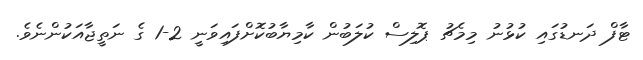
ޓާފް ދަނޑުގައި ކުޅުނު މިމެޗު ޕޮލިސް ކުލަބުން ކާމިޔާބުކޮށްފައިވަނީ 2-1 ގެ ނަތީޖާއަކުންނެވެ.